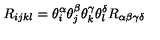
R _ { i j k l } = \theta _ { i } ^ { \alpha } \theta _ { j } ^ { \beta } \theta _ { k } ^ { \gamma } \theta _ { l } ^ { \delta } R _ { \alpha \beta \gamma \delta }